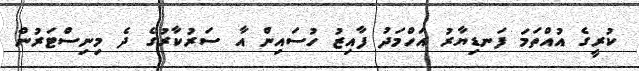
ކުރީގެ އުއްތަމަ ފަނޑިޔާރު އަހްމަދު ފާއިޒު ހުސައިން އާ ސަރުކާރުގެ ދެ މިނިސްޓަރުން